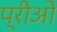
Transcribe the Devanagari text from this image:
प्रीओ